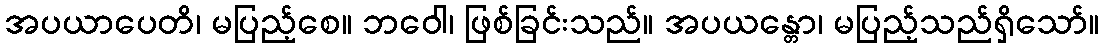
အပယာပေတိ၊ မပြည့်စေ။ ဘဝေါ၊ ဖြစ်ခြင်းသည်။ အပယန္တော၊ မပြည့်သည်ရှိသော်။